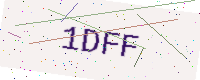
Text: 1DFF